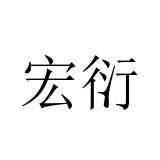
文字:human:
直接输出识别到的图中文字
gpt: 宏衍